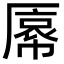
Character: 𫨝